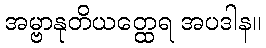
အမ္ဗာနုတိယတ္ထေရ အပဒါန။